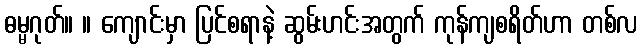
ဓမ္မဂုတ်။ ။ ကျောင်းမှာ ပြင်စရာနဲ့ ဆွမ်းဟင်းအတွက် ကုန်ကျစရိတ်ဟာ တစ်လ